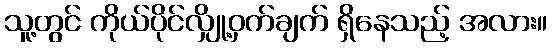
သူ့တွင် ကိုယ်ပိုင်လျှို့ဝှက်ချက် ရှိနေသည့် အလား။